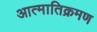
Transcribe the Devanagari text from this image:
आत्मातिक्रमण